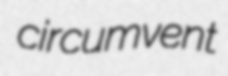
circumvent